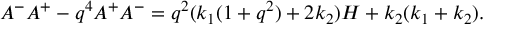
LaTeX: A ^ { - } A ^ { + } - q ^ { 4 } A ^ { + } A ^ { - } = q ^ { 2 } ( k _ { 1 } ( 1 + q ^ { 2 } ) + 2 k _ { 2 } ) H + k _ { 2 } ( k _ { 1 } + k _ { 2 } ) .